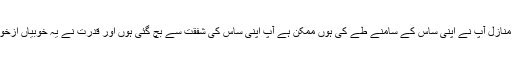
ہوسکتا ہے یہ سلوک کی منازل آپ نے اپنی ساس کے سامنے طے کی ہوں ممکن ہے آپ اپنی ساس کی شفقت سے بچ گئی ہوں اور قدرت نے یہ خوبیاں ازخود آپ میں پیدا کردی ہوں۔